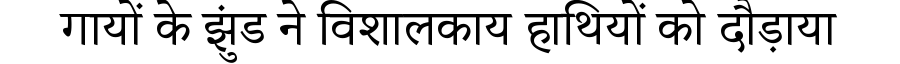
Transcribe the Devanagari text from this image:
गायों के झुंड ने विशालकाय हाथियों को दौड़ाया